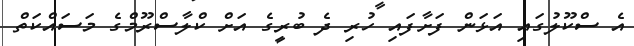
އެ ސްކޫލުގައި އަޅަން ފަށާފައި ހުރި ދެ ބުރީގެ އަށް ކްލާސްރޫމްގެ މަސައްކަތް